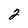
Character: 2